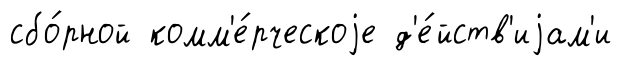
сбо́рной комм'е́рческоjе д'е́йств'иjам'и